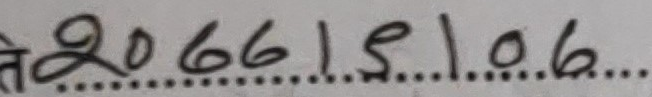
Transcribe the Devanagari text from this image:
ते २०६६।९।०६